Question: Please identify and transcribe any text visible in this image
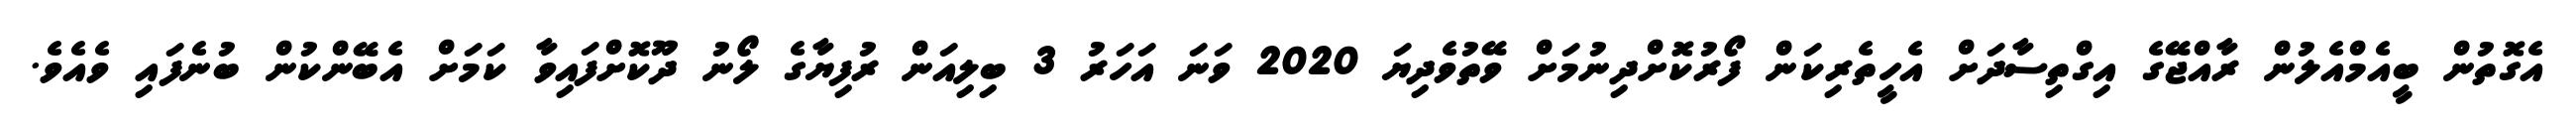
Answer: އެގޮތުން ބީއެމްއެލުން ރާއްޖޭގެ އިގްތިސާދަށް އެހީތެރިކަން ފޯރުކޮށްދިނުމަށް ވޭތުވެދިޔަ 2020 ވަނަ އަހަރު 3 ބިލިއަން ރުފިޔާގެ ލޯނު ދޫކޮށްފައިވާ ކަމަށް އެބޭންކުން ބުނެފައި ވެއެވެ.